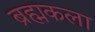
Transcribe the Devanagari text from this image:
ब्रह्मकला